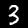
Digit: 3